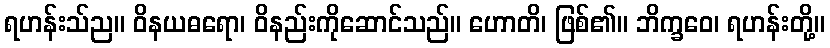
ရဟန်းသ်ည။ ဝိနယဓရော၊ ဝိနည်းကိုဆောင်သည်။ ဟောတိ၊ ဖြစ်၏။ ဘိက္ခဝေ၊ ရဟန်းတို့။